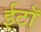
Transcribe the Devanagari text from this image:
ईटॉ